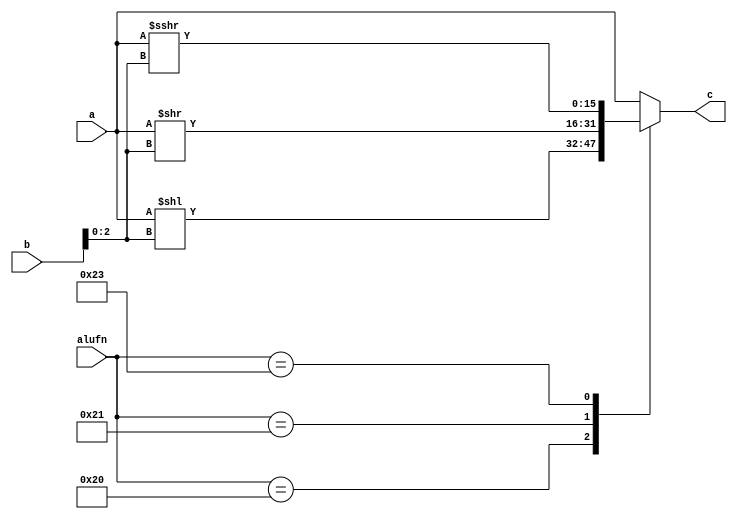
module shifter_27 (
    input [5:0] alufn,
    input [15:0] a,
    input [15:0] b,
    output reg [15:0] c
  );
  
  
  
  always @* begin
    
    case (alufn[0+5-:6])
      6'h20: begin
        c = a << b[0+2-:3];
      end
      6'h21: begin
        c = a >> b[0+2-:3];
      end
      6'h23: begin
        c = $signed(a) >>> b[0+2-:3];
      end
      default: begin
        c = a;
      end
    endcase
  end
endmodule